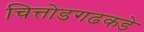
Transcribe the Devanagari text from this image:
चित्तोडगढकडे